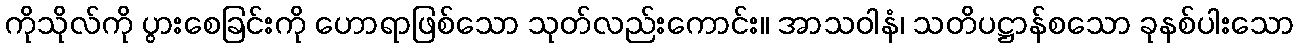
ကိုသိုလ်ကို ပွားစေခြင်းကို ဟောရာဖြစ်သော သုတ်လည်းကောင်း။ အာသဝါနံ၊ သတိပဋ္ဌာန်စသော ခုနစ်ပါးသော